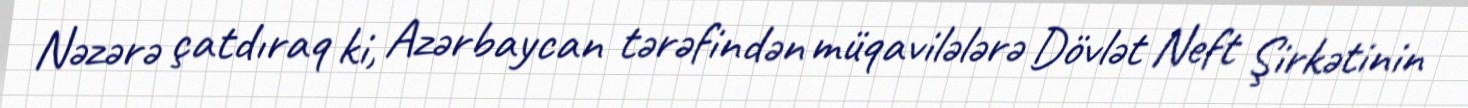
Nəzərə çatdıraq ki, Azərbaycan tərəfindən müqavilələrə Dövlət Neft Şirkətinin